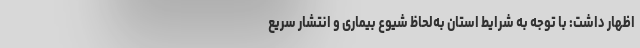
اظهار داشت: با توجه به شرایط استان به‌لحاظ شیوع بیماری و انتشار سریع